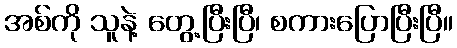
အစ်ကို သူနဲ့ တွေ့ပြီးပြီ၊ စကားပြောပြီးပြီ။